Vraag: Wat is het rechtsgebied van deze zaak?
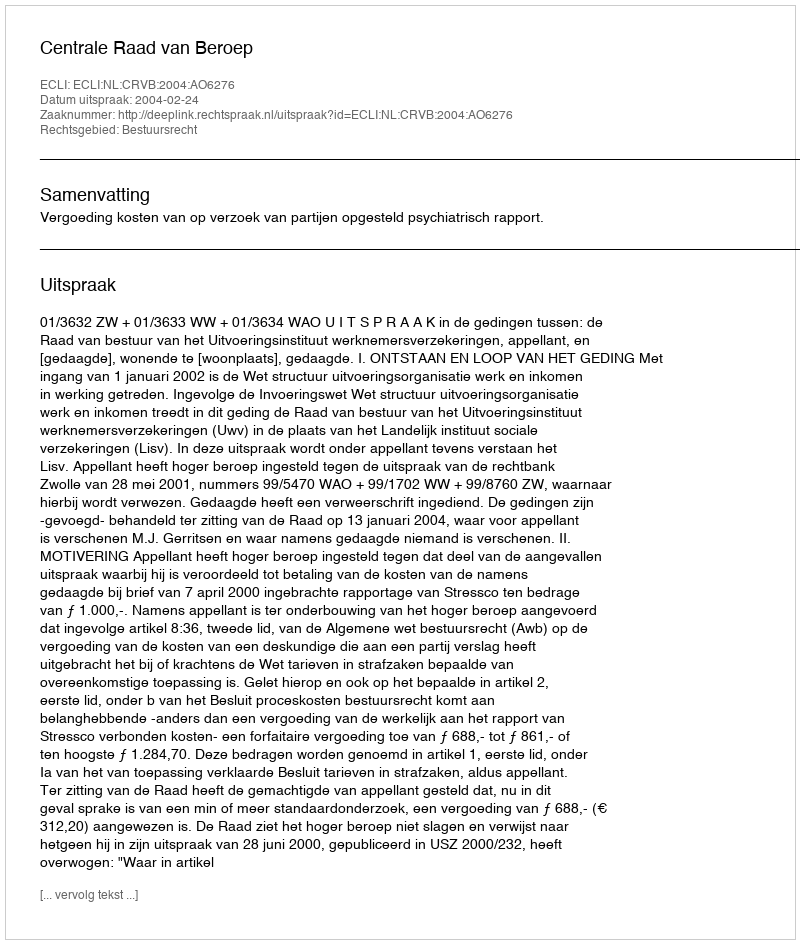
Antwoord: Bestuursrecht